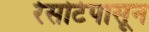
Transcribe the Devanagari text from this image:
रेसोर्टपासून